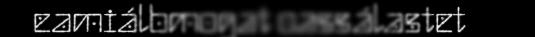
eamiálbmogat oassálastet